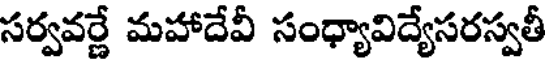
సర్వవర్ణే మహాదేవీ సంధ్యావిద్యేసరస్వతీ